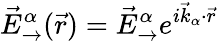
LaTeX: \vec{E}_{\rightarrow}^{\alpha}(\vec{r})=\vec{E}_{\rightarrow}^{\alpha}e^{i\vec{k}_{\alpha}\cdot\vec{r}}